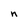
Character: n